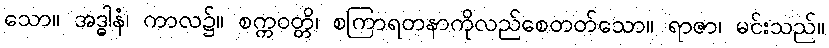
သော။ အဒ္ဓါနံ၊ ကာလ၌။ စက္ကဝတ္တိ၊ စကြာရတနာကိုလည်စေတတ်သော။ ရာဇာ၊ မင်းသည်။